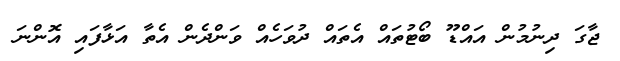
ޖާގަ ދިނުމުން އައްޑޫ ބޯޓުތައް އެތައް ދުވަހެއް ވަންދެން އެތާ އަޅާފައި އޮންނަ